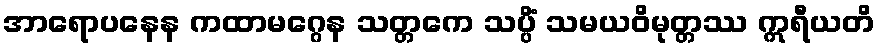
အာရောပနေန ကထာမဂ္ဂေန သတ္တကေ သပ္ပိံ သမယဝိမုတ္တဿ ဣရီယတိ